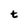
Character: t